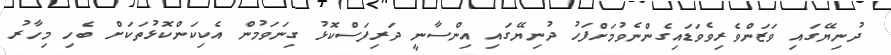
ދުނިޔޭގައި ވަޒަންވެރިވެވަޑައިގެންނެވުމަށްފަހު ދުނިޔޭގައި އިންސާނީ ދަރިފަސްކޮޅު ގިނަވަމުން އެކިކަންކޮޅުތަކަށް ބެހި މިހާރު